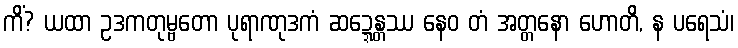
ကိံ? ယထာ ဥဒကတုမ္ဗတော ပုရာဏုဒကံ ဆဍ္ဍေန္တဿ နေဝ တံ အတ္တနော ဟောတိ, န ပရေသံ၊